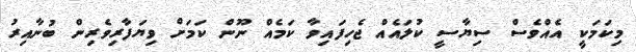
މިކަމަކީ އެއްވެސް ސިޔާސީ ކުލައެއް ޖެހިފައިވާ ކަމެއް ނޫން ކަމަށް ވިޔަފާރިވެރިން ބުނާއިރު